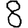
Digit: 8